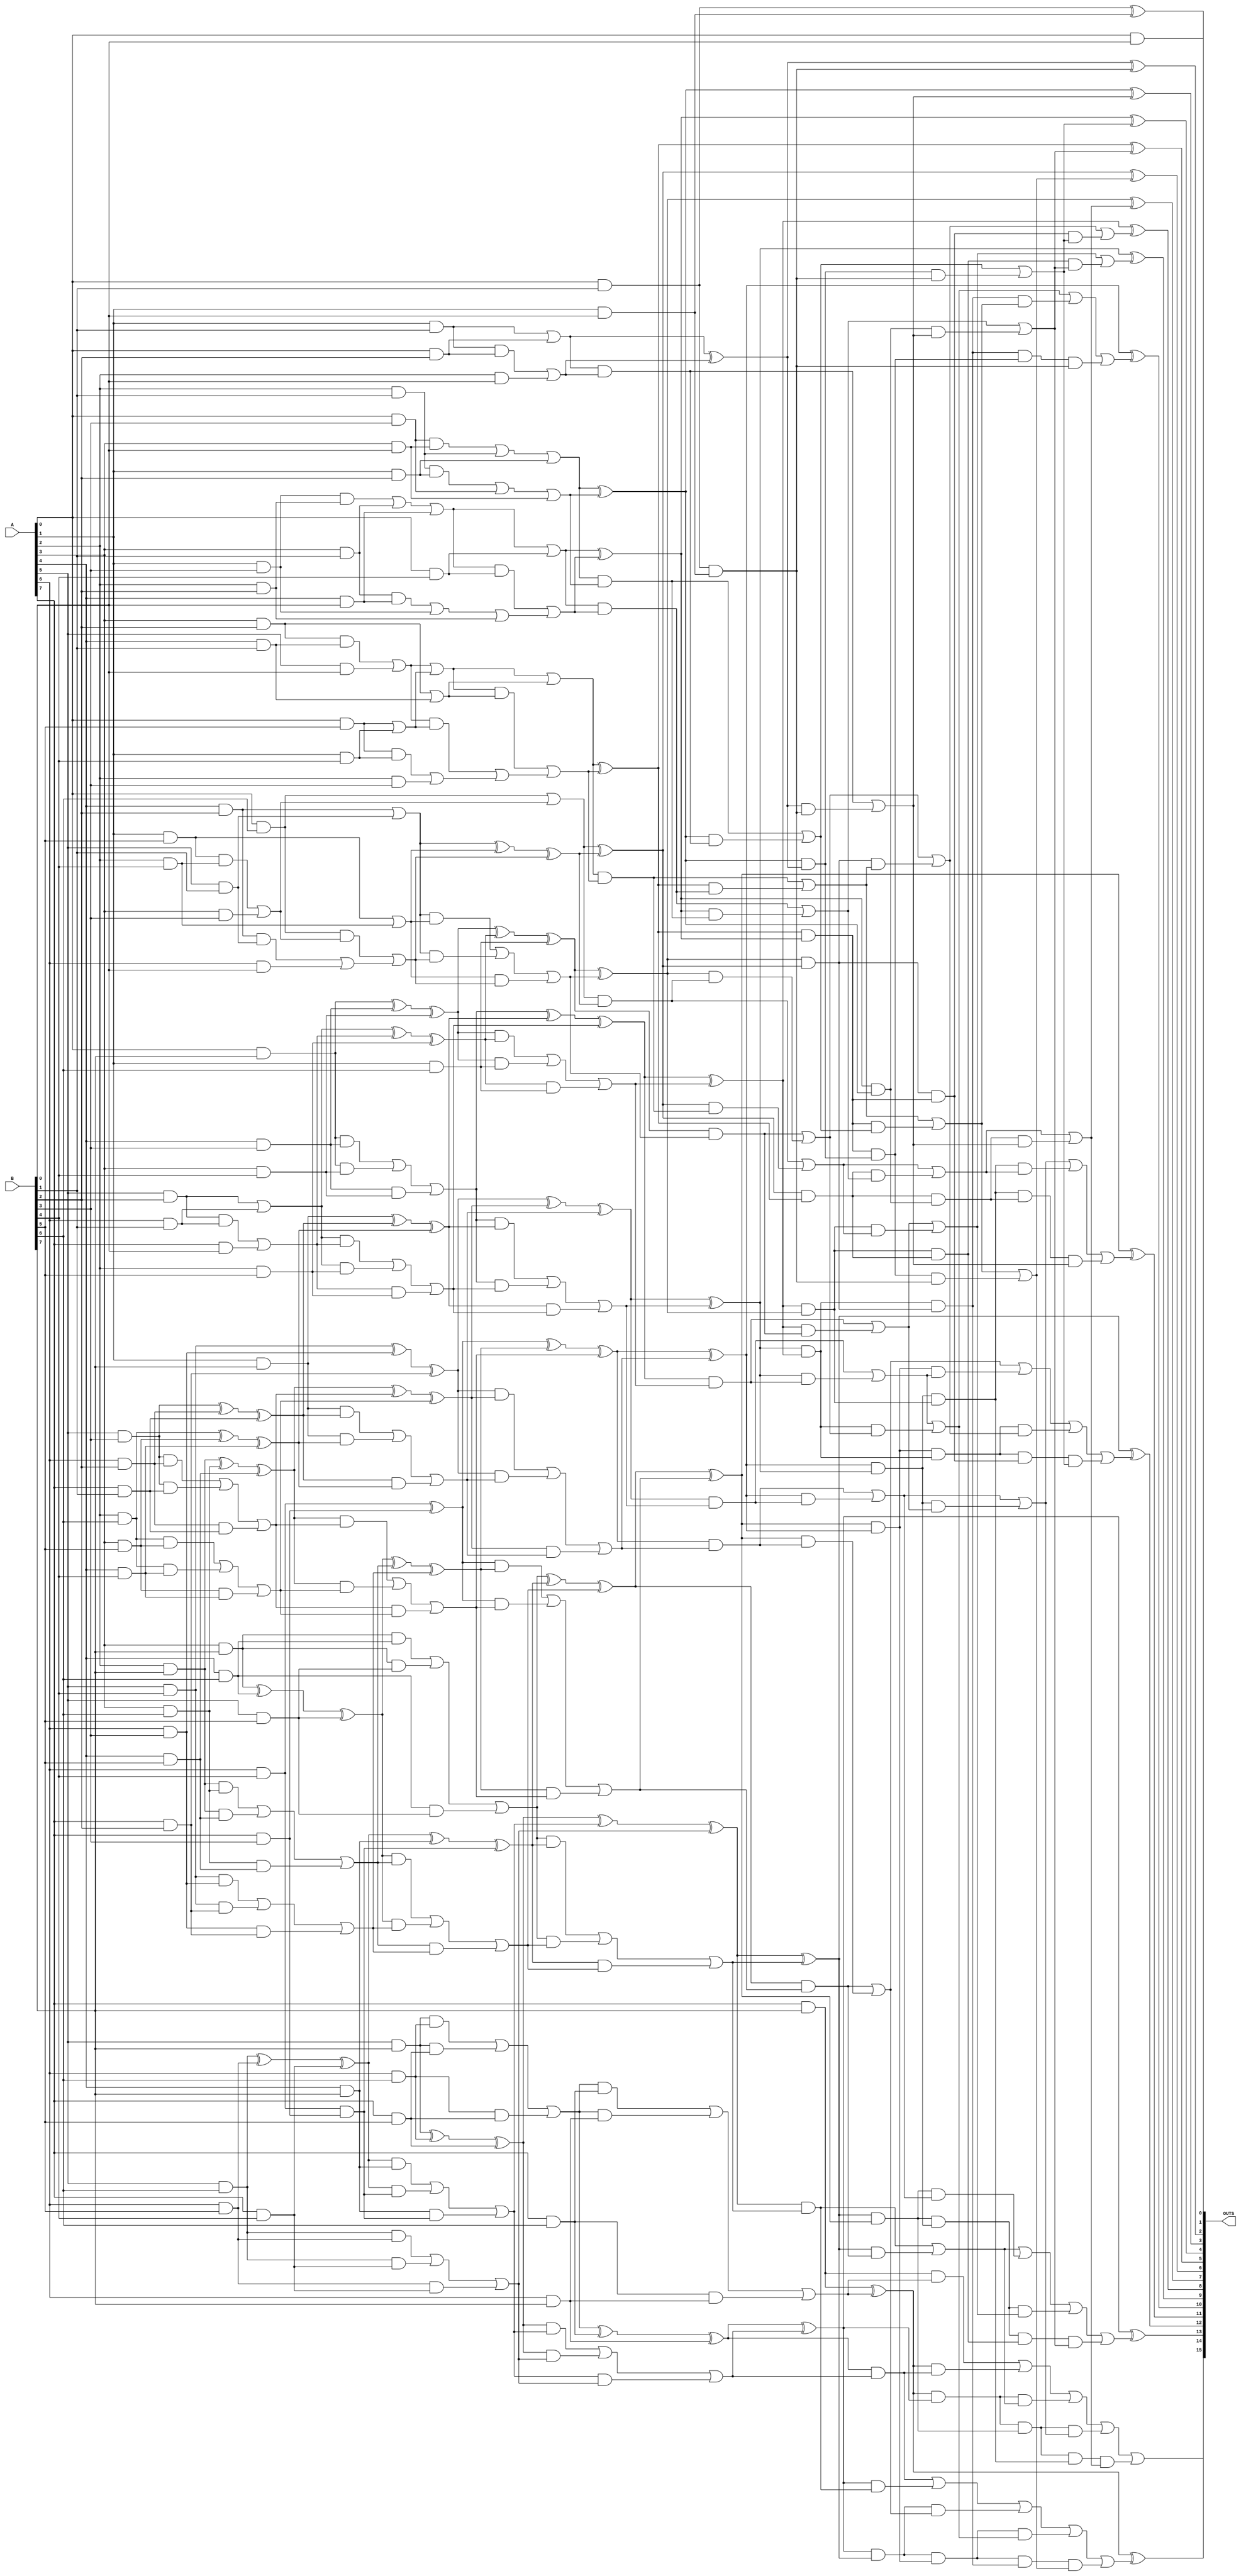
// Generated by MyHDL 0.11


`timescale 1ns/10ps

module Multiplier_KoggeStone (
    A,
    B,
    OUTS
);


input [7:0] A;
input [7:0] B;
output [15:0] OUTS;
wire [15:0] OUTS;

wire [28:0] OutBits_ct;
wire [63:0] Multiplier0_OutBits_ppg;
wire [63:0] Multiplier0_PPG0_outs_vec;
wire [0:0] Multiplier0_PPG0_AND0_out;
wire [0:0] Multiplier0_PPG0_AND1_out;
wire [0:0] Multiplier0_PPG0_AND2_out;
wire [0:0] Multiplier0_PPG0_AND3_out;
wire [0:0] Multiplier0_PPG0_AND4_out;
wire [0:0] Multiplier0_PPG0_AND5_out;
wire [0:0] Multiplier0_PPG0_AND6_out;
wire [0:0] Multiplier0_PPG0_AND7_out;
wire [0:0] Multiplier0_PPG0_AND8_out;
wire [0:0] Multiplier0_PPG0_AND9_out;
wire [0:0] Multiplier0_PPG0_AND10_out;
wire [0:0] Multiplier0_PPG0_AND11_out;
wire [0:0] Multiplier0_PPG0_AND12_out;
wire [0:0] Multiplier0_PPG0_AND13_out;
wire [0:0] Multiplier0_PPG0_AND14_out;
wire [0:0] Multiplier0_PPG0_AND15_out;
wire [0:0] Multiplier0_PPG0_AND16_out;
wire [0:0] Multiplier0_PPG0_AND17_out;
wire [0:0] Multiplier0_PPG0_AND18_out;
wire [0:0] Multiplier0_PPG0_AND19_out;
wire [0:0] Multiplier0_PPG0_AND20_out;
wire [0:0] Multiplier0_PPG0_AND21_out;
wire [0:0] Multiplier0_PPG0_AND22_out;
wire [0:0] Multiplier0_PPG0_AND23_out;
wire [0:0] Multiplier0_PPG0_AND24_out;
wire [0:0] Multiplier0_PPG0_AND25_out;
wire [0:0] Multiplier0_PPG0_AND26_out;
wire [0:0] Multiplier0_PPG0_AND27_out;
wire [0:0] Multiplier0_PPG0_AND28_out;
wire [0:0] Multiplier0_PPG0_AND29_out;
wire [0:0] Multiplier0_PPG0_AND30_out;
wire [0:0] Multiplier0_PPG0_AND31_out;
wire [0:0] Multiplier0_PPG0_AND32_out;
wire [0:0] Multiplier0_PPG0_AND33_out;
wire [0:0] Multiplier0_PPG0_AND34_out;
wire [0:0] Multiplier0_PPG0_AND35_out;
wire [0:0] Multiplier0_PPG0_AND36_out;
wire [0:0] Multiplier0_PPG0_AND37_out;
wire [0:0] Multiplier0_PPG0_AND38_out;
wire [0:0] Multiplier0_PPG0_AND39_out;
wire [0:0] Multiplier0_PPG0_AND40_out;
wire [0:0] Multiplier0_PPG0_AND41_out;
wire [0:0] Multiplier0_PPG0_AND42_out;
wire [0:0] Multiplier0_PPG0_AND43_out;
wire [0:0] Multiplier0_PPG0_AND44_out;
wire [0:0] Multiplier0_PPG0_AND45_out;
wire [0:0] Multiplier0_PPG0_AND46_out;
wire [0:0] Multiplier0_PPG0_AND47_out;
wire [0:0] Multiplier0_PPG0_AND48_out;
wire [0:0] Multiplier0_PPG0_AND49_out;
wire [0:0] Multiplier0_PPG0_AND50_out;
wire [0:0] Multiplier0_PPG0_AND51_out;
wire [0:0] Multiplier0_PPG0_AND52_out;
wire [0:0] Multiplier0_PPG0_AND53_out;
wire [0:0] Multiplier0_PPG0_AND54_out;
wire [0:0] Multiplier0_PPG0_AND55_out;
wire [0:0] Multiplier0_PPG0_AND56_out;
wire [0:0] Multiplier0_PPG0_AND57_out;
wire [0:0] Multiplier0_PPG0_AND58_out;
wire [0:0] Multiplier0_PPG0_AND59_out;
wire [0:0] Multiplier0_PPG0_AND60_out;
wire [0:0] Multiplier0_PPG0_AND61_out;
wire [0:0] Multiplier0_PPG0_AND62_out;
wire [0:0] Multiplier0_PPG0_AND63_out;
wire [28:0] Multiplier0_CompressorTree0_outs_vec;
wire [0:0] Multiplier0_CompressorTree0_AC420_out1;
wire [0:0] Multiplier0_CompressorTree0_AC420_out2;
wire [0:0] Multiplier0_CompressorTree0_AC320_out1;
wire [0:0] Multiplier0_CompressorTree0_AC320_out2;
wire [0:0] Multiplier0_CompressorTree0_AC321_out1;
wire [0:0] Multiplier0_CompressorTree0_AC321_out2;
wire [0:0] Multiplier0_CompressorTree0_AC322_out1;
wire [0:0] Multiplier0_CompressorTree0_AC322_out2;
wire [0:0] Multiplier0_CompressorTree0_AC323_out1;
wire [0:0] Multiplier0_CompressorTree0_AC323_out2;
wire [0:0] Multiplier0_CompressorTree0_AC324_out1;
wire [0:0] Multiplier0_CompressorTree0_AC324_out2;
wire [0:0] Multiplier0_CompressorTree0_FA0_cout;
wire [0:0] Multiplier0_CompressorTree0_FA0_sum;
wire [0:0] Multiplier0_CompressorTree0_FA1_cout;
wire [0:0] Multiplier0_CompressorTree0_FA1_sum;
wire [0:0] Multiplier0_CompressorTree0_FA2_cout;
wire [0:0] Multiplier0_CompressorTree0_FA2_sum;
wire [0:0] Multiplier0_CompressorTree0_FA3_cout;
wire [0:0] Multiplier0_CompressorTree0_FA3_sum;
wire [0:0] Multiplier0_CompressorTree0_FA4_cout;
wire [0:0] Multiplier0_CompressorTree0_FA4_sum;
wire [0:0] Multiplier0_CompressorTree0_HA0_cout;
wire [0:0] Multiplier0_CompressorTree0_HA0_sum;
wire [0:0] Multiplier0_CompressorTree0_FA5_cout;
wire [0:0] Multiplier0_CompressorTree0_FA5_sum;
wire [0:0] Multiplier0_CompressorTree0_FA6_cout;
wire [0:0] Multiplier0_CompressorTree0_FA6_sum;
wire [0:0] Multiplier0_CompressorTree0_AC325_out1;
wire [0:0] Multiplier0_CompressorTree0_AC325_out2;
wire [0:0] Multiplier0_CompressorTree0_AC326_out1;
wire [0:0] Multiplier0_CompressorTree0_AC326_out2;
wire [0:0] Multiplier0_CompressorTree0_AC327_out1;
wire [0:0] Multiplier0_CompressorTree0_AC327_out2;
wire [0:0] Multiplier0_CompressorTree0_FA7_cout;
wire [0:0] Multiplier0_CompressorTree0_FA7_sum;
wire [0:0] Multiplier0_CompressorTree0_FA8_cout;
wire [0:0] Multiplier0_CompressorTree0_FA8_sum;
wire [0:0] Multiplier0_CompressorTree0_FA9_cout;
wire [0:0] Multiplier0_CompressorTree0_FA9_sum;
wire [0:0] Multiplier0_CompressorTree0_FA10_cout;
wire [0:0] Multiplier0_CompressorTree0_FA10_sum;
wire [0:0] Multiplier0_CompressorTree0_FA11_cout;
wire [0:0] Multiplier0_CompressorTree0_FA11_sum;
wire [0:0] Multiplier0_CompressorTree0_FA12_cout;
wire [0:0] Multiplier0_CompressorTree0_FA12_sum;
wire [0:0] Multiplier0_CompressorTree0_AC328_out1;
wire [0:0] Multiplier0_CompressorTree0_AC328_out2;
wire [0:0] Multiplier0_CompressorTree0_AC421_out1;
wire [0:0] Multiplier0_CompressorTree0_AC421_out2;
wire [0:0] Multiplier0_CompressorTree0_AC329_out1;
wire [0:0] Multiplier0_CompressorTree0_AC329_out2;
wire [0:0] Multiplier0_CompressorTree0_FA13_cout;
wire [0:0] Multiplier0_CompressorTree0_FA13_sum;
wire [0:0] Multiplier0_CompressorTree0_FA14_cout;
wire [0:0] Multiplier0_CompressorTree0_FA14_sum;
wire [0:0] Multiplier0_CompressorTree0_FA15_cout;
wire [0:0] Multiplier0_CompressorTree0_FA15_sum;
wire [0:0] Multiplier0_CompressorTree0_FA16_cout;
wire [0:0] Multiplier0_CompressorTree0_FA16_sum;
wire [0:0] Multiplier0_CompressorTree0_FA17_cout;
wire [0:0] Multiplier0_CompressorTree0_FA17_sum;
wire [0:0] Multiplier0_CompressorTree0_FA18_cout;
wire [0:0] Multiplier0_CompressorTree0_FA18_sum;
wire [0:0] Multiplier0_CompressorTree0_FA19_cout;
wire [0:0] Multiplier0_CompressorTree0_FA19_sum;
wire [0:0] Multiplier0_CompressorTree0_FA20_cout;
wire [0:0] Multiplier0_CompressorTree0_FA20_sum;
wire [15:0] KoggeStone0_outs_vec;
wire [0:0] KoggeStone0_PG_Generator00_g;
wire [0:0] KoggeStone0_PG_Generator00_p;
wire [0:0] KoggeStone0_PG_Generator10_g;
wire [0:0] KoggeStone0_PG_Generator10_p;
wire [0:0] KoggeStone0_PG_Generator11_g;
wire [0:0] KoggeStone0_PG_Generator11_p;
wire [0:0] KoggeStone0_PG_Generator12_g;
wire [0:0] KoggeStone0_PG_Generator12_p;
wire [0:0] KoggeStone0_PG_Generator13_g;
wire [0:0] KoggeStone0_PG_Generator13_p;
wire [0:0] KoggeStone0_PG_Generator14_g;
wire [0:0] KoggeStone0_PG_Generator14_p;
wire [0:0] KoggeStone0_PG_Generator15_g;
wire [0:0] KoggeStone0_PG_Generator15_p;
wire [0:0] KoggeStone0_PG_Generator16_g;
wire [0:0] KoggeStone0_PG_Generator16_p;
wire [0:0] KoggeStone0_PG_Generator17_g;
wire [0:0] KoggeStone0_PG_Generator17_p;
wire [0:0] KoggeStone0_PG_Generator18_g;
wire [0:0] KoggeStone0_PG_Generator18_p;
wire [0:0] KoggeStone0_PG_Generator19_g;
wire [0:0] KoggeStone0_PG_Generator19_p;
wire [0:0] KoggeStone0_PG_Generator110_g;
wire [0:0] KoggeStone0_PG_Generator110_p;
wire [0:0] KoggeStone0_PG_Generator111_g;
wire [0:0] KoggeStone0_PG_Generator111_p;
wire [0:0] KoggeStone0_PG_Generator112_g;
wire [0:0] KoggeStone0_PG_Generator112_p;
wire [0:0] KoggeStone0_PG_Generator113_g;
wire [0:0] KoggeStone0_PG_Generator113_p;
wire [0:0] KoggeStone0_GrayCircle0_go;
wire [0:0] KoggeStone0_BlackCircle0_go;
wire [0:0] KoggeStone0_BlackCircle0_po;
wire [0:0] KoggeStone0_BlackCircle1_go;
wire [0:0] KoggeStone0_BlackCircle1_po;
wire [0:0] KoggeStone0_BlackCircle2_go;
wire [0:0] KoggeStone0_BlackCircle2_po;
wire [0:0] KoggeStone0_BlackCircle3_go;
wire [0:0] KoggeStone0_BlackCircle3_po;
wire [0:0] KoggeStone0_BlackCircle4_go;
wire [0:0] KoggeStone0_BlackCircle4_po;
wire [0:0] KoggeStone0_BlackCircle5_go;
wire [0:0] KoggeStone0_BlackCircle5_po;
wire [0:0] KoggeStone0_BlackCircle6_go;
wire [0:0] KoggeStone0_BlackCircle6_po;
wire [0:0] KoggeStone0_BlackCircle7_go;
wire [0:0] KoggeStone0_BlackCircle7_po;
wire [0:0] KoggeStone0_BlackCircle8_go;
wire [0:0] KoggeStone0_BlackCircle8_po;
wire [0:0] KoggeStone0_BlackCircle9_go;
wire [0:0] KoggeStone0_BlackCircle9_po;
wire [0:0] KoggeStone0_BlackCircle10_go;
wire [0:0] KoggeStone0_BlackCircle10_po;
wire [0:0] KoggeStone0_BlackCircle11_go;
wire [0:0] KoggeStone0_BlackCircle11_po;
wire [0:0] KoggeStone0_BlackCircle12_go;
wire [0:0] KoggeStone0_BlackCircle12_po;
wire [0:0] KoggeStone0_GrayCircle1_go;
wire [0:0] KoggeStone0_GrayCircle2_go;
wire [0:0] KoggeStone0_BlackCircle13_go;
wire [0:0] KoggeStone0_BlackCircle13_po;
wire [0:0] KoggeStone0_BlackCircle14_go;
wire [0:0] KoggeStone0_BlackCircle14_po;
wire [0:0] KoggeStone0_BlackCircle15_go;
wire [0:0] KoggeStone0_BlackCircle15_po;
wire [0:0] KoggeStone0_BlackCircle16_go;
wire [0:0] KoggeStone0_BlackCircle16_po;
wire [0:0] KoggeStone0_BlackCircle17_go;
wire [0:0] KoggeStone0_BlackCircle17_po;
wire [0:0] KoggeStone0_BlackCircle18_go;
wire [0:0] KoggeStone0_BlackCircle18_po;
wire [0:0] KoggeStone0_BlackCircle19_go;
wire [0:0] KoggeStone0_BlackCircle19_po;
wire [0:0] KoggeStone0_BlackCircle20_go;
wire [0:0] KoggeStone0_BlackCircle20_po;
wire [0:0] KoggeStone0_BlackCircle21_go;
wire [0:0] KoggeStone0_BlackCircle21_po;
wire [0:0] KoggeStone0_BlackCircle22_go;
wire [0:0] KoggeStone0_BlackCircle22_po;
wire [0:0] KoggeStone0_BlackCircle23_go;
wire [0:0] KoggeStone0_BlackCircle23_po;
wire [0:0] KoggeStone0_GrayCircle3_go;
wire [0:0] KoggeStone0_GrayCircle4_go;
wire [0:0] KoggeStone0_GrayCircle5_go;
wire [0:0] KoggeStone0_GrayCircle6_go;
wire [0:0] KoggeStone0_BlackCircle24_go;
wire [0:0] KoggeStone0_BlackCircle24_po;
wire [0:0] KoggeStone0_BlackCircle25_go;
wire [0:0] KoggeStone0_BlackCircle25_po;
wire [0:0] KoggeStone0_BlackCircle26_go;
wire [0:0] KoggeStone0_BlackCircle26_po;
wire [0:0] KoggeStone0_BlackCircle27_go;
wire [0:0] KoggeStone0_BlackCircle27_po;
wire [0:0] KoggeStone0_BlackCircle28_go;
wire [0:0] KoggeStone0_BlackCircle28_po;
wire [0:0] KoggeStone0_BlackCircle29_go;
wire [0:0] KoggeStone0_BlackCircle29_po;
wire [0:0] KoggeStone0_BlackCircle30_go;
wire [0:0] KoggeStone0_BlackCircle30_po;
wire [0:0] KoggeStone0_GrayCircle7_go;
wire [0:0] KoggeStone0_GrayCircle8_go;
wire [0:0] KoggeStone0_GrayCircle9_go;
wire [0:0] KoggeStone0_GrayCircle10_go;
wire [0:0] KoggeStone0_GrayCircle11_go;
wire [0:0] KoggeStone0_GrayCircle12_go;
wire [0:0] KoggeStone0_GrayCircle13_go;
wire [0:0] KoggeStone0_FinalSum0_sum;
wire [0:0] KoggeStone0_FinalSum1_sum;
wire [0:0] KoggeStone0_FinalSum2_sum;
wire [0:0] KoggeStone0_FinalSum3_sum;
wire [0:0] KoggeStone0_FinalSum4_sum;
wire [0:0] KoggeStone0_FinalSum5_sum;
wire [0:0] KoggeStone0_FinalSum6_sum;
wire [0:0] KoggeStone0_FinalSum7_sum;
wire [0:0] KoggeStone0_FinalSum8_sum;
wire [0:0] KoggeStone0_FinalSum9_sum;
wire [0:0] KoggeStone0_FinalSum10_sum;
wire [0:0] KoggeStone0_FinalSum11_sum;
wire [0:0] KoggeStone0_FinalSum12_sum;
wire [0:0] KoggeStone0_FinalSum13_sum;

assign Multiplier0_PPG0_outs_vec[63] = Multiplier0_PPG0_AND63_out[0];
assign Multiplier0_PPG0_outs_vec[62] = Multiplier0_PPG0_AND61_out[0];
assign Multiplier0_PPG0_outs_vec[61] = Multiplier0_PPG0_AND62_out[0];
assign Multiplier0_PPG0_outs_vec[60] = Multiplier0_PPG0_AND58_out[0];
assign Multiplier0_PPG0_outs_vec[59] = Multiplier0_PPG0_AND59_out[0];
assign Multiplier0_PPG0_outs_vec[58] = Multiplier0_PPG0_AND60_out[0];
assign Multiplier0_PPG0_outs_vec[57] = Multiplier0_PPG0_AND54_out[0];
assign Multiplier0_PPG0_outs_vec[56] = Multiplier0_PPG0_AND55_out[0];
assign Multiplier0_PPG0_outs_vec[55] = Multiplier0_PPG0_AND56_out[0];
assign Multiplier0_PPG0_outs_vec[54] = Multiplier0_PPG0_AND57_out[0];
assign Multiplier0_PPG0_outs_vec[53] = Multiplier0_PPG0_AND49_out[0];
assign Multiplier0_PPG0_outs_vec[52] = Multiplier0_PPG0_AND50_out[0];
assign Multiplier0_PPG0_outs_vec[51] = Multiplier0_PPG0_AND51_out[0];
assign Multiplier0_PPG0_outs_vec[50] = Multiplier0_PPG0_AND52_out[0];
assign Multiplier0_PPG0_outs_vec[49] = Multiplier0_PPG0_AND53_out[0];
assign Multiplier0_PPG0_outs_vec[48] = Multiplier0_PPG0_AND43_out[0];
assign Multiplier0_PPG0_outs_vec[47] = Multiplier0_PPG0_AND44_out[0];
assign Multiplier0_PPG0_outs_vec[46] = Multiplier0_PPG0_AND45_out[0];
assign Multiplier0_PPG0_outs_vec[45] = Multiplier0_PPG0_AND46_out[0];
assign Multiplier0_PPG0_outs_vec[44] = Multiplier0_PPG0_AND47_out[0];
assign Multiplier0_PPG0_outs_vec[43] = Multiplier0_PPG0_AND48_out[0];
assign Multiplier0_PPG0_outs_vec[42] = Multiplier0_PPG0_AND36_out[0];
assign Multiplier0_PPG0_outs_vec[41] = Multiplier0_PPG0_AND37_out[0];
assign Multiplier0_PPG0_outs_vec[40] = Multiplier0_PPG0_AND38_out[0];
assign Multiplier0_PPG0_outs_vec[39] = Multiplier0_PPG0_AND39_out[0];
assign Multiplier0_PPG0_outs_vec[38] = Multiplier0_PPG0_AND40_out[0];
assign Multiplier0_PPG0_outs_vec[37] = Multiplier0_PPG0_AND41_out[0];
assign Multiplier0_PPG0_outs_vec[36] = Multiplier0_PPG0_AND42_out[0];
assign Multiplier0_PPG0_outs_vec[35] = Multiplier0_PPG0_AND28_out[0];
assign Multiplier0_PPG0_outs_vec[34] = Multiplier0_PPG0_AND29_out[0];
assign Multiplier0_PPG0_outs_vec[33] = Multiplier0_PPG0_AND30_out[0];
assign Multiplier0_PPG0_outs_vec[32] = Multiplier0_PPG0_AND31_out[0];
assign Multiplier0_PPG0_outs_vec[31] = Multiplier0_PPG0_AND32_out[0];
assign Multiplier0_PPG0_outs_vec[30] = Multiplier0_PPG0_AND33_out[0];
assign Multiplier0_PPG0_outs_vec[29] = Multiplier0_PPG0_AND34_out[0];
assign Multiplier0_PPG0_outs_vec[28] = Multiplier0_PPG0_AND35_out[0];
assign Multiplier0_PPG0_outs_vec[27] = Multiplier0_PPG0_AND21_out[0];
assign Multiplier0_PPG0_outs_vec[26] = Multiplier0_PPG0_AND22_out[0];
assign Multiplier0_PPG0_outs_vec[25] = Multiplier0_PPG0_AND23_out[0];
assign Multiplier0_PPG0_outs_vec[24] = Multiplier0_PPG0_AND24_out[0];
assign Multiplier0_PPG0_outs_vec[23] = Multiplier0_PPG0_AND25_out[0];
assign Multiplier0_PPG0_outs_vec[22] = Multiplier0_PPG0_AND26_out[0];
assign Multiplier0_PPG0_outs_vec[21] = Multiplier0_PPG0_AND27_out[0];
assign Multiplier0_PPG0_outs_vec[20] = Multiplier0_PPG0_AND15_out[0];
assign Multiplier0_PPG0_outs_vec[19] = Multiplier0_PPG0_AND16_out[0];
assign Multiplier0_PPG0_outs_vec[18] = Multiplier0_PPG0_AND17_out[0];
assign Multiplier0_PPG0_outs_vec[17] = Multiplier0_PPG0_AND18_out[0];
assign Multiplier0_PPG0_outs_vec[16] = Multiplier0_PPG0_AND19_out[0];
assign Multiplier0_PPG0_outs_vec[15] = Multiplier0_PPG0_AND20_out[0];
assign Multiplier0_PPG0_outs_vec[14] = Multiplier0_PPG0_AND10_out[0];
assign Multiplier0_PPG0_outs_vec[13] = Multiplier0_PPG0_AND11_out[0];
assign Multiplier0_PPG0_outs_vec[12] = Multiplier0_PPG0_AND12_out[0];
assign Multiplier0_PPG0_outs_vec[11] = Multiplier0_PPG0_AND13_out[0];
assign Multiplier0_PPG0_outs_vec[10] = Multiplier0_PPG0_AND14_out[0];
assign Multiplier0_PPG0_outs_vec[9] = Multiplier0_PPG0_AND6_out[0];
assign Multiplier0_PPG0_outs_vec[8] = Multiplier0_PPG0_AND7_out[0];
assign Multiplier0_PPG0_outs_vec[7] = Multiplier0_PPG0_AND8_out[0];
assign Multiplier0_PPG0_outs_vec[6] = Multiplier0_PPG0_AND9_out[0];
assign Multiplier0_PPG0_outs_vec[5] = Multiplier0_PPG0_AND3_out[0];
assign Multiplier0_PPG0_outs_vec[4] = Multiplier0_PPG0_AND4_out[0];
assign Multiplier0_PPG0_outs_vec[3] = Multiplier0_PPG0_AND5_out[0];
assign Multiplier0_PPG0_outs_vec[2] = Multiplier0_PPG0_AND1_out[0];
assign Multiplier0_PPG0_outs_vec[1] = Multiplier0_PPG0_AND2_out[0];
assign Multiplier0_PPG0_outs_vec[0] = Multiplier0_PPG0_AND0_out[0];
assign Multiplier0_CompressorTree0_outs_vec[28] = Multiplier0_CompressorTree0_FA20_cout[0];
assign Multiplier0_CompressorTree0_outs_vec[27] = Multiplier0_OutBits_ppg[63];
assign Multiplier0_CompressorTree0_outs_vec[26] = Multiplier0_CompressorTree0_FA19_cout[0];
assign Multiplier0_CompressorTree0_outs_vec[25] = Multiplier0_CompressorTree0_FA20_sum[0];
assign Multiplier0_CompressorTree0_outs_vec[24] = Multiplier0_CompressorTree0_FA18_cout[0];
assign Multiplier0_CompressorTree0_outs_vec[23] = Multiplier0_CompressorTree0_FA19_sum[0];
assign Multiplier0_CompressorTree0_outs_vec[22] = Multiplier0_CompressorTree0_FA17_cout[0];
assign Multiplier0_CompressorTree0_outs_vec[21] = Multiplier0_CompressorTree0_FA18_sum[0];
assign Multiplier0_CompressorTree0_outs_vec[20] = Multiplier0_CompressorTree0_FA16_cout[0];
assign Multiplier0_CompressorTree0_outs_vec[19] = Multiplier0_CompressorTree0_FA17_sum[0];
assign Multiplier0_CompressorTree0_outs_vec[18] = Multiplier0_CompressorTree0_FA15_cout[0];
assign Multiplier0_CompressorTree0_outs_vec[17] = Multiplier0_CompressorTree0_FA16_sum[0];
assign Multiplier0_CompressorTree0_outs_vec[16] = Multiplier0_CompressorTree0_FA14_cout[0];
assign Multiplier0_CompressorTree0_outs_vec[15] = Multiplier0_CompressorTree0_FA15_sum[0];
assign Multiplier0_CompressorTree0_outs_vec[14] = Multiplier0_CompressorTree0_FA13_cout[0];
assign Multiplier0_CompressorTree0_outs_vec[13] = Multiplier0_CompressorTree0_FA14_sum[0];
assign Multiplier0_CompressorTree0_outs_vec[12] = Multiplier0_CompressorTree0_FA13_sum[0];
assign Multiplier0_CompressorTree0_outs_vec[11] = Multiplier0_CompressorTree0_AC327_out1[0];
assign Multiplier0_CompressorTree0_outs_vec[10] = Multiplier0_CompressorTree0_AC329_out2[0];
assign Multiplier0_CompressorTree0_outs_vec[9] = Multiplier0_CompressorTree0_AC329_out1[0];
assign Multiplier0_CompressorTree0_outs_vec[8] = Multiplier0_CompressorTree0_AC325_out2[0];
assign Multiplier0_CompressorTree0_outs_vec[7] = Multiplier0_CompressorTree0_AC325_out1[0];
assign Multiplier0_CompressorTree0_outs_vec[6] = Multiplier0_CompressorTree0_AC421_out2[0];
assign Multiplier0_CompressorTree0_outs_vec[5] = Multiplier0_CompressorTree0_AC421_out1[0];
assign Multiplier0_CompressorTree0_outs_vec[4] = Multiplier0_CompressorTree0_AC328_out2[0];
assign Multiplier0_CompressorTree0_outs_vec[3] = Multiplier0_CompressorTree0_AC328_out1[0];
assign Multiplier0_CompressorTree0_outs_vec[2] = Multiplier0_OutBits_ppg[2];
assign Multiplier0_CompressorTree0_outs_vec[1] = Multiplier0_OutBits_ppg[1];
assign Multiplier0_CompressorTree0_outs_vec[0] = Multiplier0_OutBits_ppg[0];
assign KoggeStone0_outs_vec[15] = KoggeStone0_GrayCircle13_go[0];
assign KoggeStone0_outs_vec[14] = KoggeStone0_FinalSum13_sum[0];
assign KoggeStone0_outs_vec[13] = KoggeStone0_FinalSum12_sum[0];
assign KoggeStone0_outs_vec[12] = KoggeStone0_FinalSum11_sum[0];
assign KoggeStone0_outs_vec[11] = KoggeStone0_FinalSum10_sum[0];
assign KoggeStone0_outs_vec[10] = KoggeStone0_FinalSum9_sum[0];
assign KoggeStone0_outs_vec[9] = KoggeStone0_FinalSum8_sum[0];
assign KoggeStone0_outs_vec[8] = KoggeStone0_FinalSum7_sum[0];
assign KoggeStone0_outs_vec[7] = KoggeStone0_FinalSum6_sum[0];
assign KoggeStone0_outs_vec[6] = KoggeStone0_FinalSum5_sum[0];
assign KoggeStone0_outs_vec[5] = KoggeStone0_FinalSum4_sum[0];
assign KoggeStone0_outs_vec[4] = KoggeStone0_FinalSum3_sum[0];
assign KoggeStone0_outs_vec[3] = KoggeStone0_FinalSum2_sum[0];
assign KoggeStone0_outs_vec[2] = KoggeStone0_FinalSum1_sum[0];
assign KoggeStone0_outs_vec[1] = KoggeStone0_FinalSum0_sum[0];
assign KoggeStone0_outs_vec[0] = KoggeStone0_PG_Generator00_p[0];



assign Multiplier0_PPG0_AND0_out = (A[0] & B[0]);



assign Multiplier0_PPG0_AND1_out = (A[1] & B[0]);



assign Multiplier0_PPG0_AND2_out = (A[0] & B[1]);



assign Multiplier0_PPG0_AND3_out = (A[2] & B[0]);



assign Multiplier0_PPG0_AND4_out = (A[1] & B[1]);



assign Multiplier0_PPG0_AND5_out = (A[0] & B[2]);



assign Multiplier0_PPG0_AND6_out = (A[3] & B[0]);



assign Multiplier0_PPG0_AND7_out = (A[2] & B[1]);



assign Multiplier0_PPG0_AND8_out = (A[1] & B[2]);



assign Multiplier0_PPG0_AND9_out = (A[0] & B[3]);



assign Multiplier0_PPG0_AND10_out = (A[4] & B[0]);



assign Multiplier0_PPG0_AND11_out = (A[3] & B[1]);



assign Multiplier0_PPG0_AND12_out = (A[2] & B[2]);



assign Multiplier0_PPG0_AND13_out = (A[1] & B[3]);



assign Multiplier0_PPG0_AND14_out = (A[0] & B[4]);



assign Multiplier0_PPG0_AND15_out = (A[5] & B[0]);



assign Multiplier0_PPG0_AND16_out = (A[4] & B[1]);



assign Multiplier0_PPG0_AND17_out = (A[3] & B[2]);



assign Multiplier0_PPG0_AND18_out = (A[2] & B[3]);



assign Multiplier0_PPG0_AND19_out = (A[1] & B[4]);



assign Multiplier0_PPG0_AND20_out = (A[0] & B[5]);



assign Multiplier0_PPG0_AND21_out = (A[6] & B[0]);



assign Multiplier0_PPG0_AND22_out = (A[5] & B[1]);



assign Multiplier0_PPG0_AND23_out = (A[4] & B[2]);



assign Multiplier0_PPG0_AND24_out = (A[3] & B[3]);



assign Multiplier0_PPG0_AND25_out = (A[2] & B[4]);



assign Multiplier0_PPG0_AND26_out = (A[1] & B[5]);



assign Multiplier0_PPG0_AND27_out = (A[0] & B[6]);



assign Multiplier0_PPG0_AND28_out = (A[7] & B[0]);



assign Multiplier0_PPG0_AND29_out = (A[6] & B[1]);



assign Multiplier0_PPG0_AND30_out = (A[5] & B[2]);



assign Multiplier0_PPG0_AND31_out = (A[4] & B[3]);



assign Multiplier0_PPG0_AND32_out = (A[3] & B[4]);



assign Multiplier0_PPG0_AND33_out = (A[2] & B[5]);



assign Multiplier0_PPG0_AND34_out = (A[1] & B[6]);



assign Multiplier0_PPG0_AND35_out = (A[0] & B[7]);



assign Multiplier0_PPG0_AND36_out = (A[7] & B[1]);



assign Multiplier0_PPG0_AND37_out = (A[6] & B[2]);



assign Multiplier0_PPG0_AND38_out = (A[5] & B[3]);



assign Multiplier0_PPG0_AND39_out = (A[4] & B[4]);



assign Multiplier0_PPG0_AND40_out = (A[3] & B[5]);



assign Multiplier0_PPG0_AND41_out = (A[2] & B[6]);



assign Multiplier0_PPG0_AND42_out = (A[1] & B[7]);



assign Multiplier0_PPG0_AND43_out = (A[7] & B[2]);



assign Multiplier0_PPG0_AND44_out = (A[6] & B[3]);



assign Multiplier0_PPG0_AND45_out = (A[5] & B[4]);



assign Multiplier0_PPG0_AND46_out = (A[4] & B[5]);



assign Multiplier0_PPG0_AND47_out = (A[3] & B[6]);



assign Multiplier0_PPG0_AND48_out = (A[2] & B[7]);



assign Multiplier0_PPG0_AND49_out = (A[7] & B[3]);



assign Multiplier0_PPG0_AND50_out = (A[6] & B[4]);



assign Multiplier0_PPG0_AND51_out = (A[5] & B[5]);



assign Multiplier0_PPG0_AND52_out = (A[4] & B[6]);



assign Multiplier0_PPG0_AND53_out = (A[3] & B[7]);



assign Multiplier0_PPG0_AND54_out = (A[7] & B[4]);



assign Multiplier0_PPG0_AND55_out = (A[6] & B[5]);



assign Multiplier0_PPG0_AND56_out = (A[5] & B[6]);



assign Multiplier0_PPG0_AND57_out = (A[4] & B[7]);



assign Multiplier0_PPG0_AND58_out = (A[7] & B[5]);



assign Multiplier0_PPG0_AND59_out = (A[6] & B[6]);



assign Multiplier0_PPG0_AND60_out = (A[5] & B[7]);



assign Multiplier0_PPG0_AND61_out = (A[7] & B[6]);



assign Multiplier0_PPG0_AND62_out = (A[6] & B[7]);



assign Multiplier0_PPG0_AND63_out = (A[7] & B[7]);



assign Multiplier0_OutBits_ppg = Multiplier0_PPG0_outs_vec;



assign Multiplier0_CompressorTree0_AC420_out2 = (((Multiplier0_OutBits_ppg[11] & Multiplier0_OutBits_ppg[12]) | Multiplier0_OutBits_ppg[13]) | Multiplier0_OutBits_ppg[14]);
assign Multiplier0_CompressorTree0_AC420_out1 = (((Multiplier0_OutBits_ppg[13] & Multiplier0_OutBits_ppg[14]) | Multiplier0_OutBits_ppg[11]) | Multiplier0_OutBits_ppg[12]);



assign Multiplier0_CompressorTree0_AC320_out2 = ((Multiplier0_OutBits_ppg[15] & Multiplier0_OutBits_ppg[16]) | Multiplier0_OutBits_ppg[17]);
assign Multiplier0_CompressorTree0_AC320_out1 = (Multiplier0_OutBits_ppg[15] | Multiplier0_OutBits_ppg[16]);



assign Multiplier0_CompressorTree0_AC321_out2 = ((Multiplier0_OutBits_ppg[18] & Multiplier0_OutBits_ppg[19]) | Multiplier0_OutBits_ppg[20]);
assign Multiplier0_CompressorTree0_AC321_out1 = (Multiplier0_OutBits_ppg[18] | Multiplier0_OutBits_ppg[19]);



assign Multiplier0_CompressorTree0_AC322_out2 = ((Multiplier0_OutBits_ppg[22] & Multiplier0_OutBits_ppg[23]) | Multiplier0_OutBits_ppg[24]);
assign Multiplier0_CompressorTree0_AC322_out1 = (Multiplier0_OutBits_ppg[22] | Multiplier0_OutBits_ppg[23]);



assign Multiplier0_CompressorTree0_AC323_out2 = ((Multiplier0_OutBits_ppg[25] & Multiplier0_OutBits_ppg[26]) | Multiplier0_OutBits_ppg[27]);
assign Multiplier0_CompressorTree0_AC323_out1 = (Multiplier0_OutBits_ppg[25] | Multiplier0_OutBits_ppg[26]);



assign Multiplier0_CompressorTree0_AC324_out2 = ((Multiplier0_OutBits_ppg[33] & Multiplier0_OutBits_ppg[34]) | Multiplier0_OutBits_ppg[35]);
assign Multiplier0_CompressorTree0_AC324_out1 = (Multiplier0_OutBits_ppg[33] | Multiplier0_OutBits_ppg[34]);



assign Multiplier0_CompressorTree0_FA0_sum = ((Multiplier0_OutBits_ppg[37] ^ Multiplier0_OutBits_ppg[38]) ^ Multiplier0_OutBits_ppg[39]);
assign Multiplier0_CompressorTree0_FA0_cout = (((Multiplier0_OutBits_ppg[37] & Multiplier0_OutBits_ppg[38]) | (Multiplier0_OutBits_ppg[37] & Multiplier0_OutBits_ppg[39])) | (Multiplier0_OutBits_ppg[38] & Multiplier0_OutBits_ppg[39]));



assign Multiplier0_CompressorTree0_FA1_sum = ((Multiplier0_OutBits_ppg[40] ^ Multiplier0_OutBits_ppg[41]) ^ Multiplier0_OutBits_ppg[42]);
assign Multiplier0_CompressorTree0_FA1_cout = (((Multiplier0_OutBits_ppg[40] & Multiplier0_OutBits_ppg[41]) | (Multiplier0_OutBits_ppg[40] & Multiplier0_OutBits_ppg[42])) | (Multiplier0_OutBits_ppg[41] & Multiplier0_OutBits_ppg[42]));



assign Multiplier0_CompressorTree0_FA2_sum = ((Multiplier0_OutBits_ppg[43] ^ Multiplier0_OutBits_ppg[44]) ^ Multiplier0_OutBits_ppg[45]);
assign Multiplier0_CompressorTree0_FA2_cout = (((Multiplier0_OutBits_ppg[43] & Multiplier0_OutBits_ppg[44]) | (Multiplier0_OutBits_ppg[43] & Multiplier0_OutBits_ppg[45])) | (Multiplier0_OutBits_ppg[44] & Multiplier0_OutBits_ppg[45]));



assign Multiplier0_CompressorTree0_FA3_sum = ((Multiplier0_OutBits_ppg[46] ^ Multiplier0_OutBits_ppg[47]) ^ Multiplier0_OutBits_ppg[48]);
assign Multiplier0_CompressorTree0_FA3_cout = (((Multiplier0_OutBits_ppg[46] & Multiplier0_OutBits_ppg[47]) | (Multiplier0_OutBits_ppg[46] & Multiplier0_OutBits_ppg[48])) | (Multiplier0_OutBits_ppg[47] & Multiplier0_OutBits_ppg[48]));



assign Multiplier0_CompressorTree0_FA4_sum = ((Multiplier0_OutBits_ppg[49] ^ Multiplier0_OutBits_ppg[50]) ^ Multiplier0_OutBits_ppg[51]);
assign Multiplier0_CompressorTree0_FA4_cout = (((Multiplier0_OutBits_ppg[49] & Multiplier0_OutBits_ppg[50]) | (Multiplier0_OutBits_ppg[49] & Multiplier0_OutBits_ppg[51])) | (Multiplier0_OutBits_ppg[50] & Multiplier0_OutBits_ppg[51]));



assign Multiplier0_CompressorTree0_HA0_sum = (Multiplier0_OutBits_ppg[52] ^ Multiplier0_OutBits_ppg[53]);
assign Multiplier0_CompressorTree0_HA0_cout = (Multiplier0_OutBits_ppg[52] & Multiplier0_OutBits_ppg[53]);



assign Multiplier0_CompressorTree0_FA5_sum = ((Multiplier0_OutBits_ppg[55] ^ Multiplier0_OutBits_ppg[56]) ^ Multiplier0_OutBits_ppg[57]);
assign Multiplier0_CompressorTree0_FA5_cout = (((Multiplier0_OutBits_ppg[55] & Multiplier0_OutBits_ppg[56]) | (Multiplier0_OutBits_ppg[55] & Multiplier0_OutBits_ppg[57])) | (Multiplier0_OutBits_ppg[56] & Multiplier0_OutBits_ppg[57]));



assign Multiplier0_CompressorTree0_FA6_sum = ((Multiplier0_OutBits_ppg[58] ^ Multiplier0_OutBits_ppg[59]) ^ Multiplier0_OutBits_ppg[60]);
assign Multiplier0_CompressorTree0_FA6_cout = (((Multiplier0_OutBits_ppg[58] & Multiplier0_OutBits_ppg[59]) | (Multiplier0_OutBits_ppg[58] & Multiplier0_OutBits_ppg[60])) | (Multiplier0_OutBits_ppg[59] & Multiplier0_OutBits_ppg[60]));



assign Multiplier0_CompressorTree0_AC325_out2 = ((Multiplier0_CompressorTree0_AC420_out2 & Multiplier0_OutBits_ppg[10]) | Multiplier0_CompressorTree0_AC420_out1);
assign Multiplier0_CompressorTree0_AC325_out1 = (Multiplier0_CompressorTree0_AC420_out2 | Multiplier0_OutBits_ppg[10]);



assign Multiplier0_CompressorTree0_AC326_out2 = ((Multiplier0_CompressorTree0_AC321_out2 & Multiplier0_CompressorTree0_AC320_out1) | Multiplier0_CompressorTree0_AC320_out2);
assign Multiplier0_CompressorTree0_AC326_out1 = (Multiplier0_CompressorTree0_AC321_out2 | Multiplier0_CompressorTree0_AC320_out1);



assign Multiplier0_CompressorTree0_AC327_out2 = ((Multiplier0_OutBits_ppg[21] & Multiplier0_CompressorTree0_AC322_out2) | Multiplier0_CompressorTree0_AC323_out2);
assign Multiplier0_CompressorTree0_AC327_out1 = (Multiplier0_OutBits_ppg[21] | Multiplier0_CompressorTree0_AC322_out2);



assign Multiplier0_CompressorTree0_FA7_sum = ((Multiplier0_OutBits_ppg[28] ^ Multiplier0_OutBits_ppg[32]) ^ Multiplier0_OutBits_ppg[31]);
assign Multiplier0_CompressorTree0_FA7_cout = (((Multiplier0_OutBits_ppg[28] & Multiplier0_OutBits_ppg[32]) | (Multiplier0_OutBits_ppg[28] & Multiplier0_OutBits_ppg[31])) | (Multiplier0_OutBits_ppg[32] & Multiplier0_OutBits_ppg[31]));



assign Multiplier0_CompressorTree0_FA8_sum = ((Multiplier0_CompressorTree0_AC324_out1 ^ Multiplier0_CompressorTree0_AC324_out2) ^ Multiplier0_OutBits_ppg[30]);
assign Multiplier0_CompressorTree0_FA8_cout = (((Multiplier0_CompressorTree0_AC324_out1 & Multiplier0_CompressorTree0_AC324_out2) | (Multiplier0_CompressorTree0_AC324_out1 & Multiplier0_OutBits_ppg[30])) | (Multiplier0_CompressorTree0_AC324_out2 & Multiplier0_OutBits_ppg[30]));



assign Multiplier0_CompressorTree0_FA9_sum = ((Multiplier0_OutBits_ppg[36] ^ Multiplier0_CompressorTree0_FA1_sum) ^ Multiplier0_CompressorTree0_FA0_sum);
assign Multiplier0_CompressorTree0_FA9_cout = (((Multiplier0_OutBits_ppg[36] & Multiplier0_CompressorTree0_FA1_sum) | (Multiplier0_OutBits_ppg[36] & Multiplier0_CompressorTree0_FA0_sum)) | (Multiplier0_CompressorTree0_FA1_sum & Multiplier0_CompressorTree0_FA0_sum));



assign Multiplier0_CompressorTree0_FA10_sum = ((Multiplier0_CompressorTree0_FA2_sum ^ Multiplier0_CompressorTree0_FA1_cout) ^ Multiplier0_CompressorTree0_FA0_cout);
assign Multiplier0_CompressorTree0_FA10_cout = (((Multiplier0_CompressorTree0_FA2_sum & Multiplier0_CompressorTree0_FA1_cout) | (Multiplier0_CompressorTree0_FA2_sum & Multiplier0_CompressorTree0_FA0_cout)) | (Multiplier0_CompressorTree0_FA1_cout & Multiplier0_CompressorTree0_FA0_cout));



assign Multiplier0_CompressorTree0_FA11_sum = ((Multiplier0_CompressorTree0_FA4_sum ^ Multiplier0_CompressorTree0_FA2_cout) ^ Multiplier0_CompressorTree0_FA3_cout);
assign Multiplier0_CompressorTree0_FA11_cout = (((Multiplier0_CompressorTree0_FA4_sum & Multiplier0_CompressorTree0_FA2_cout) | (Multiplier0_CompressorTree0_FA4_sum & Multiplier0_CompressorTree0_FA3_cout)) | (Multiplier0_CompressorTree0_FA2_cout & Multiplier0_CompressorTree0_FA3_cout));



assign Multiplier0_CompressorTree0_FA12_sum = ((Multiplier0_CompressorTree0_FA5_sum ^ Multiplier0_OutBits_ppg[54]) ^ Multiplier0_CompressorTree0_HA0_cout);
assign Multiplier0_CompressorTree0_FA12_cout = (((Multiplier0_CompressorTree0_FA5_sum & Multiplier0_OutBits_ppg[54]) | (Multiplier0_CompressorTree0_FA5_sum & Multiplier0_CompressorTree0_HA0_cout)) | (Multiplier0_OutBits_ppg[54] & Multiplier0_CompressorTree0_HA0_cout));



assign Multiplier0_CompressorTree0_AC328_out2 = ((Multiplier0_OutBits_ppg[4] & Multiplier0_OutBits_ppg[3]) | Multiplier0_OutBits_ppg[5]);
assign Multiplier0_CompressorTree0_AC328_out1 = (Multiplier0_OutBits_ppg[4] | Multiplier0_OutBits_ppg[3]);



assign Multiplier0_CompressorTree0_AC421_out2 = (((Multiplier0_OutBits_ppg[8] & Multiplier0_OutBits_ppg[7]) | Multiplier0_OutBits_ppg[6]) | Multiplier0_OutBits_ppg[9]);
assign Multiplier0_CompressorTree0_AC421_out1 = (((Multiplier0_OutBits_ppg[6] & Multiplier0_OutBits_ppg[9]) | Multiplier0_OutBits_ppg[8]) | Multiplier0_OutBits_ppg[7]);



assign Multiplier0_CompressorTree0_AC329_out2 = ((Multiplier0_CompressorTree0_AC326_out1 & Multiplier0_CompressorTree0_AC321_out1) | Multiplier0_CompressorTree0_AC326_out2);
assign Multiplier0_CompressorTree0_AC329_out1 = (Multiplier0_CompressorTree0_AC326_out1 | Multiplier0_CompressorTree0_AC321_out1);



assign Multiplier0_CompressorTree0_FA13_sum = ((Multiplier0_CompressorTree0_AC323_out1 ^ Multiplier0_CompressorTree0_AC322_out1) ^ Multiplier0_CompressorTree0_AC327_out2);
assign Multiplier0_CompressorTree0_FA13_cout = (((Multiplier0_CompressorTree0_AC323_out1 & Multiplier0_CompressorTree0_AC322_out1) | (Multiplier0_CompressorTree0_AC323_out1 & Multiplier0_CompressorTree0_AC327_out2)) | (Multiplier0_CompressorTree0_AC322_out1 & Multiplier0_CompressorTree0_AC327_out2));



assign Multiplier0_CompressorTree0_FA14_sum = ((Multiplier0_CompressorTree0_FA7_sum ^ Multiplier0_CompressorTree0_FA8_sum) ^ Multiplier0_OutBits_ppg[29]);
assign Multiplier0_CompressorTree0_FA14_cout = (((Multiplier0_CompressorTree0_FA7_sum & Multiplier0_CompressorTree0_FA8_sum) | (Multiplier0_CompressorTree0_FA7_sum & Multiplier0_OutBits_ppg[29])) | (Multiplier0_CompressorTree0_FA8_sum & Multiplier0_OutBits_ppg[29]));



assign Multiplier0_CompressorTree0_FA15_sum = ((Multiplier0_CompressorTree0_FA7_cout ^ Multiplier0_CompressorTree0_FA9_sum) ^ Multiplier0_CompressorTree0_FA8_cout);
assign Multiplier0_CompressorTree0_FA15_cout = (((Multiplier0_CompressorTree0_FA7_cout & Multiplier0_CompressorTree0_FA9_sum) | (Multiplier0_CompressorTree0_FA7_cout & Multiplier0_CompressorTree0_FA8_cout)) | (Multiplier0_CompressorTree0_FA9_sum & Multiplier0_CompressorTree0_FA8_cout));



assign Multiplier0_CompressorTree0_FA16_sum = ((Multiplier0_CompressorTree0_FA3_sum ^ Multiplier0_CompressorTree0_FA10_sum) ^ Multiplier0_CompressorTree0_FA9_cout);
assign Multiplier0_CompressorTree0_FA16_cout = (((Multiplier0_CompressorTree0_FA3_sum & Multiplier0_CompressorTree0_FA10_sum) | (Multiplier0_CompressorTree0_FA3_sum & Multiplier0_CompressorTree0_FA9_cout)) | (Multiplier0_CompressorTree0_FA10_sum & Multiplier0_CompressorTree0_FA9_cout));



assign Multiplier0_CompressorTree0_FA17_sum = ((Multiplier0_CompressorTree0_HA0_sum ^ Multiplier0_CompressorTree0_FA11_sum) ^ Multiplier0_CompressorTree0_FA10_cout);
assign Multiplier0_CompressorTree0_FA17_cout = (((Multiplier0_CompressorTree0_HA0_sum & Multiplier0_CompressorTree0_FA11_sum) | (Multiplier0_CompressorTree0_HA0_sum & Multiplier0_CompressorTree0_FA10_cout)) | (Multiplier0_CompressorTree0_FA11_sum & Multiplier0_CompressorTree0_FA10_cout));



assign Multiplier0_CompressorTree0_FA18_sum = ((Multiplier0_CompressorTree0_FA4_cout ^ Multiplier0_CompressorTree0_FA12_sum) ^ Multiplier0_CompressorTree0_FA11_cout);
assign Multiplier0_CompressorTree0_FA18_cout = (((Multiplier0_CompressorTree0_FA4_cout & Multiplier0_CompressorTree0_FA12_sum) | (Multiplier0_CompressorTree0_FA4_cout & Multiplier0_CompressorTree0_FA11_cout)) | (Multiplier0_CompressorTree0_FA12_sum & Multiplier0_CompressorTree0_FA11_cout));



assign Multiplier0_CompressorTree0_FA19_sum = ((Multiplier0_CompressorTree0_FA6_sum ^ Multiplier0_CompressorTree0_FA12_cout) ^ Multiplier0_CompressorTree0_FA5_cout);
assign Multiplier0_CompressorTree0_FA19_cout = (((Multiplier0_CompressorTree0_FA6_sum & Multiplier0_CompressorTree0_FA12_cout) | (Multiplier0_CompressorTree0_FA6_sum & Multiplier0_CompressorTree0_FA5_cout)) | (Multiplier0_CompressorTree0_FA12_cout & Multiplier0_CompressorTree0_FA5_cout));



assign Multiplier0_CompressorTree0_FA20_sum = ((Multiplier0_CompressorTree0_FA6_cout ^ Multiplier0_OutBits_ppg[62]) ^ Multiplier0_OutBits_ppg[61]);
assign Multiplier0_CompressorTree0_FA20_cout = (((Multiplier0_CompressorTree0_FA6_cout & Multiplier0_OutBits_ppg[62]) | (Multiplier0_CompressorTree0_FA6_cout & Multiplier0_OutBits_ppg[61])) | (Multiplier0_OutBits_ppg[62] & Multiplier0_OutBits_ppg[61]));



assign OutBits_ct = Multiplier0_CompressorTree0_outs_vec;



assign KoggeStone0_PG_Generator00_p = OutBits_ct[0];
assign KoggeStone0_PG_Generator00_g = 1'h0;



assign KoggeStone0_PG_Generator10_p = (OutBits_ct[1] ^ OutBits_ct[2]);
assign KoggeStone0_PG_Generator10_g = (OutBits_ct[1] & OutBits_ct[2]);



assign KoggeStone0_PG_Generator11_p = (OutBits_ct[3] ^ OutBits_ct[4]);
assign KoggeStone0_PG_Generator11_g = (OutBits_ct[3] & OutBits_ct[4]);



assign KoggeStone0_PG_Generator12_p = (OutBits_ct[5] ^ OutBits_ct[6]);
assign KoggeStone0_PG_Generator12_g = (OutBits_ct[5] & OutBits_ct[6]);



assign KoggeStone0_PG_Generator13_p = (OutBits_ct[7] ^ OutBits_ct[8]);
assign KoggeStone0_PG_Generator13_g = (OutBits_ct[7] & OutBits_ct[8]);



assign KoggeStone0_PG_Generator14_p = (OutBits_ct[9] ^ OutBits_ct[10]);
assign KoggeStone0_PG_Generator14_g = (OutBits_ct[9] & OutBits_ct[10]);



assign KoggeStone0_PG_Generator15_p = (OutBits_ct[11] ^ OutBits_ct[12]);
assign KoggeStone0_PG_Generator15_g = (OutBits_ct[11] & OutBits_ct[12]);



assign KoggeStone0_PG_Generator16_p = (OutBits_ct[13] ^ OutBits_ct[14]);
assign KoggeStone0_PG_Generator16_g = (OutBits_ct[13] & OutBits_ct[14]);



assign KoggeStone0_PG_Generator17_p = (OutBits_ct[15] ^ OutBits_ct[16]);
assign KoggeStone0_PG_Generator17_g = (OutBits_ct[15] & OutBits_ct[16]);



assign KoggeStone0_PG_Generator18_p = (OutBits_ct[17] ^ OutBits_ct[18]);
assign KoggeStone0_PG_Generator18_g = (OutBits_ct[17] & OutBits_ct[18]);



assign KoggeStone0_PG_Generator19_p = (OutBits_ct[19] ^ OutBits_ct[20]);
assign KoggeStone0_PG_Generator19_g = (OutBits_ct[19] & OutBits_ct[20]);



assign KoggeStone0_PG_Generator110_p = (OutBits_ct[21] ^ OutBits_ct[22]);
assign KoggeStone0_PG_Generator110_g = (OutBits_ct[21] & OutBits_ct[22]);



assign KoggeStone0_PG_Generator111_p = (OutBits_ct[23] ^ OutBits_ct[24]);
assign KoggeStone0_PG_Generator111_g = (OutBits_ct[23] & OutBits_ct[24]);



assign KoggeStone0_PG_Generator112_p = (OutBits_ct[25] ^ OutBits_ct[26]);
assign KoggeStone0_PG_Generator112_g = (OutBits_ct[25] & OutBits_ct[26]);



assign KoggeStone0_PG_Generator113_p = (OutBits_ct[27] ^ OutBits_ct[28]);
assign KoggeStone0_PG_Generator113_g = (OutBits_ct[27] & OutBits_ct[28]);



assign KoggeStone0_GrayCircle0_go = (KoggeStone0_PG_Generator10_g | (KoggeStone0_PG_Generator10_p & KoggeStone0_PG_Generator00_g));



assign KoggeStone0_BlackCircle0_po = (KoggeStone0_PG_Generator11_p & KoggeStone0_PG_Generator10_p);
assign KoggeStone0_BlackCircle0_go = (KoggeStone0_PG_Generator11_g | (KoggeStone0_PG_Generator11_p & KoggeStone0_PG_Generator10_g));



assign KoggeStone0_BlackCircle1_po = (KoggeStone0_PG_Generator12_p & KoggeStone0_PG_Generator11_p);
assign KoggeStone0_BlackCircle1_go = (KoggeStone0_PG_Generator12_g | (KoggeStone0_PG_Generator12_p & KoggeStone0_PG_Generator11_g));



assign KoggeStone0_BlackCircle2_po = (KoggeStone0_PG_Generator13_p & KoggeStone0_PG_Generator12_p);
assign KoggeStone0_BlackCircle2_go = (KoggeStone0_PG_Generator13_g | (KoggeStone0_PG_Generator13_p & KoggeStone0_PG_Generator12_g));



assign KoggeStone0_BlackCircle3_po = (KoggeStone0_PG_Generator14_p & KoggeStone0_PG_Generator13_p);
assign KoggeStone0_BlackCircle3_go = (KoggeStone0_PG_Generator14_g | (KoggeStone0_PG_Generator14_p & KoggeStone0_PG_Generator13_g));



assign KoggeStone0_BlackCircle4_po = (KoggeStone0_PG_Generator15_p & KoggeStone0_PG_Generator14_p);
assign KoggeStone0_BlackCircle4_go = (KoggeStone0_PG_Generator15_g | (KoggeStone0_PG_Generator15_p & KoggeStone0_PG_Generator14_g));



assign KoggeStone0_BlackCircle5_po = (KoggeStone0_PG_Generator16_p & KoggeStone0_PG_Generator15_p);
assign KoggeStone0_BlackCircle5_go = (KoggeStone0_PG_Generator16_g | (KoggeStone0_PG_Generator16_p & KoggeStone0_PG_Generator15_g));



assign KoggeStone0_BlackCircle6_po = (KoggeStone0_PG_Generator17_p & KoggeStone0_PG_Generator16_p);
assign KoggeStone0_BlackCircle6_go = (KoggeStone0_PG_Generator17_g | (KoggeStone0_PG_Generator17_p & KoggeStone0_PG_Generator16_g));



assign KoggeStone0_BlackCircle7_po = (KoggeStone0_PG_Generator18_p & KoggeStone0_PG_Generator17_p);
assign KoggeStone0_BlackCircle7_go = (KoggeStone0_PG_Generator18_g | (KoggeStone0_PG_Generator18_p & KoggeStone0_PG_Generator17_g));



assign KoggeStone0_BlackCircle8_po = (KoggeStone0_PG_Generator19_p & KoggeStone0_PG_Generator18_p);
assign KoggeStone0_BlackCircle8_go = (KoggeStone0_PG_Generator19_g | (KoggeStone0_PG_Generator19_p & KoggeStone0_PG_Generator18_g));



assign KoggeStone0_BlackCircle9_po = (KoggeStone0_PG_Generator110_p & KoggeStone0_PG_Generator19_p);
assign KoggeStone0_BlackCircle9_go = (KoggeStone0_PG_Generator110_g | (KoggeStone0_PG_Generator110_p & KoggeStone0_PG_Generator19_g));



assign KoggeStone0_BlackCircle10_po = (KoggeStone0_PG_Generator111_p & KoggeStone0_PG_Generator110_p);
assign KoggeStone0_BlackCircle10_go = (KoggeStone0_PG_Generator111_g | (KoggeStone0_PG_Generator111_p & KoggeStone0_PG_Generator110_g));



assign KoggeStone0_BlackCircle11_po = (KoggeStone0_PG_Generator112_p & KoggeStone0_PG_Generator111_p);
assign KoggeStone0_BlackCircle11_go = (KoggeStone0_PG_Generator112_g | (KoggeStone0_PG_Generator112_p & KoggeStone0_PG_Generator111_g));



assign KoggeStone0_BlackCircle12_po = (KoggeStone0_PG_Generator113_p & KoggeStone0_PG_Generator112_p);
assign KoggeStone0_BlackCircle12_go = (KoggeStone0_PG_Generator113_g | (KoggeStone0_PG_Generator113_p & KoggeStone0_PG_Generator112_g));



assign KoggeStone0_GrayCircle1_go = (KoggeStone0_BlackCircle0_go | (KoggeStone0_BlackCircle0_po & KoggeStone0_PG_Generator00_g));



assign KoggeStone0_GrayCircle2_go = (KoggeStone0_BlackCircle1_go | (KoggeStone0_BlackCircle1_po & KoggeStone0_GrayCircle0_go));



assign KoggeStone0_BlackCircle13_po = (KoggeStone0_BlackCircle2_po & KoggeStone0_BlackCircle0_po);
assign KoggeStone0_BlackCircle13_go = (KoggeStone0_BlackCircle2_go | (KoggeStone0_BlackCircle2_po & KoggeStone0_BlackCircle0_go));



assign KoggeStone0_BlackCircle14_po = (KoggeStone0_BlackCircle3_po & KoggeStone0_BlackCircle1_po);
assign KoggeStone0_BlackCircle14_go = (KoggeStone0_BlackCircle3_go | (KoggeStone0_BlackCircle3_po & KoggeStone0_BlackCircle1_go));



assign KoggeStone0_BlackCircle15_po = (KoggeStone0_BlackCircle4_po & KoggeStone0_BlackCircle2_po);
assign KoggeStone0_BlackCircle15_go = (KoggeStone0_BlackCircle4_go | (KoggeStone0_BlackCircle4_po & KoggeStone0_BlackCircle2_go));



assign KoggeStone0_BlackCircle16_po = (KoggeStone0_BlackCircle5_po & KoggeStone0_BlackCircle3_po);
assign KoggeStone0_BlackCircle16_go = (KoggeStone0_BlackCircle5_go | (KoggeStone0_BlackCircle5_po & KoggeStone0_BlackCircle3_go));



assign KoggeStone0_BlackCircle17_po = (KoggeStone0_BlackCircle6_po & KoggeStone0_BlackCircle4_po);
assign KoggeStone0_BlackCircle17_go = (KoggeStone0_BlackCircle6_go | (KoggeStone0_BlackCircle6_po & KoggeStone0_BlackCircle4_go));



assign KoggeStone0_BlackCircle18_po = (KoggeStone0_BlackCircle7_po & KoggeStone0_BlackCircle5_po);
assign KoggeStone0_BlackCircle18_go = (KoggeStone0_BlackCircle7_go | (KoggeStone0_BlackCircle7_po & KoggeStone0_BlackCircle5_go));



assign KoggeStone0_BlackCircle19_po = (KoggeStone0_BlackCircle8_po & KoggeStone0_BlackCircle6_po);
assign KoggeStone0_BlackCircle19_go = (KoggeStone0_BlackCircle8_go | (KoggeStone0_BlackCircle8_po & KoggeStone0_BlackCircle6_go));



assign KoggeStone0_BlackCircle20_po = (KoggeStone0_BlackCircle9_po & KoggeStone0_BlackCircle7_po);
assign KoggeStone0_BlackCircle20_go = (KoggeStone0_BlackCircle9_go | (KoggeStone0_BlackCircle9_po & KoggeStone0_BlackCircle7_go));



assign KoggeStone0_BlackCircle21_po = (KoggeStone0_BlackCircle10_po & KoggeStone0_BlackCircle8_po);
assign KoggeStone0_BlackCircle21_go = (KoggeStone0_BlackCircle10_go | (KoggeStone0_BlackCircle10_po & KoggeStone0_BlackCircle8_go));



assign KoggeStone0_BlackCircle22_po = (KoggeStone0_BlackCircle11_po & KoggeStone0_BlackCircle9_po);
assign KoggeStone0_BlackCircle22_go = (KoggeStone0_BlackCircle11_go | (KoggeStone0_BlackCircle11_po & KoggeStone0_BlackCircle9_go));



assign KoggeStone0_BlackCircle23_po = (KoggeStone0_BlackCircle12_po & KoggeStone0_BlackCircle10_po);
assign KoggeStone0_BlackCircle23_go = (KoggeStone0_BlackCircle12_go | (KoggeStone0_BlackCircle12_po & KoggeStone0_BlackCircle10_go));



assign KoggeStone0_GrayCircle3_go = (KoggeStone0_BlackCircle13_go | (KoggeStone0_BlackCircle13_po & KoggeStone0_PG_Generator00_g));



assign KoggeStone0_GrayCircle4_go = (KoggeStone0_BlackCircle14_go | (KoggeStone0_BlackCircle14_po & KoggeStone0_GrayCircle0_go));



assign KoggeStone0_GrayCircle5_go = (KoggeStone0_BlackCircle15_go | (KoggeStone0_BlackCircle15_po & KoggeStone0_GrayCircle1_go));



assign KoggeStone0_GrayCircle6_go = (KoggeStone0_BlackCircle16_go | (KoggeStone0_BlackCircle16_po & KoggeStone0_GrayCircle2_go));



assign KoggeStone0_BlackCircle24_po = (KoggeStone0_BlackCircle17_po & KoggeStone0_BlackCircle13_po);
assign KoggeStone0_BlackCircle24_go = (KoggeStone0_BlackCircle17_go | (KoggeStone0_BlackCircle17_po & KoggeStone0_BlackCircle13_go));



assign KoggeStone0_BlackCircle25_po = (KoggeStone0_BlackCircle18_po & KoggeStone0_BlackCircle14_po);
assign KoggeStone0_BlackCircle25_go = (KoggeStone0_BlackCircle18_go | (KoggeStone0_BlackCircle18_po & KoggeStone0_BlackCircle14_go));



assign KoggeStone0_BlackCircle26_po = (KoggeStone0_BlackCircle19_po & KoggeStone0_BlackCircle15_po);
assign KoggeStone0_BlackCircle26_go = (KoggeStone0_BlackCircle19_go | (KoggeStone0_BlackCircle19_po & KoggeStone0_BlackCircle15_go));



assign KoggeStone0_BlackCircle27_po = (KoggeStone0_BlackCircle20_po & KoggeStone0_BlackCircle16_po);
assign KoggeStone0_BlackCircle27_go = (KoggeStone0_BlackCircle20_go | (KoggeStone0_BlackCircle20_po & KoggeStone0_BlackCircle16_go));



assign KoggeStone0_BlackCircle28_po = (KoggeStone0_BlackCircle21_po & KoggeStone0_BlackCircle17_po);
assign KoggeStone0_BlackCircle28_go = (KoggeStone0_BlackCircle21_go | (KoggeStone0_BlackCircle21_po & KoggeStone0_BlackCircle17_go));



assign KoggeStone0_BlackCircle29_po = (KoggeStone0_BlackCircle22_po & KoggeStone0_BlackCircle18_po);
assign KoggeStone0_BlackCircle29_go = (KoggeStone0_BlackCircle22_go | (KoggeStone0_BlackCircle22_po & KoggeStone0_BlackCircle18_go));



assign KoggeStone0_BlackCircle30_po = (KoggeStone0_BlackCircle23_po & KoggeStone0_BlackCircle19_po);
assign KoggeStone0_BlackCircle30_go = (KoggeStone0_BlackCircle23_go | (KoggeStone0_BlackCircle23_po & KoggeStone0_BlackCircle19_go));



assign KoggeStone0_GrayCircle7_go = (KoggeStone0_BlackCircle24_go | (KoggeStone0_BlackCircle24_po & KoggeStone0_PG_Generator00_g));



assign KoggeStone0_GrayCircle8_go = (KoggeStone0_BlackCircle25_go | (KoggeStone0_BlackCircle25_po & KoggeStone0_GrayCircle0_go));



assign KoggeStone0_GrayCircle9_go = (KoggeStone0_BlackCircle26_go | (KoggeStone0_BlackCircle26_po & KoggeStone0_GrayCircle1_go));



assign KoggeStone0_GrayCircle10_go = (KoggeStone0_BlackCircle27_go | (KoggeStone0_BlackCircle27_po & KoggeStone0_GrayCircle2_go));



assign KoggeStone0_GrayCircle11_go = (KoggeStone0_BlackCircle28_go | (KoggeStone0_BlackCircle28_po & KoggeStone0_GrayCircle3_go));



assign KoggeStone0_GrayCircle12_go = (KoggeStone0_BlackCircle29_go | (KoggeStone0_BlackCircle29_po & KoggeStone0_GrayCircle4_go));



assign KoggeStone0_GrayCircle13_go = (KoggeStone0_BlackCircle30_go | (KoggeStone0_BlackCircle30_po & KoggeStone0_GrayCircle5_go));



assign KoggeStone0_FinalSum0_sum = (KoggeStone0_PG_Generator10_p ^ KoggeStone0_PG_Generator00_g);



assign KoggeStone0_FinalSum1_sum = (KoggeStone0_PG_Generator11_p ^ KoggeStone0_GrayCircle0_go);



assign KoggeStone0_FinalSum2_sum = (KoggeStone0_PG_Generator12_p ^ KoggeStone0_GrayCircle1_go);



assign KoggeStone0_FinalSum3_sum = (KoggeStone0_PG_Generator13_p ^ KoggeStone0_GrayCircle2_go);



assign KoggeStone0_FinalSum4_sum = (KoggeStone0_PG_Generator14_p ^ KoggeStone0_GrayCircle3_go);



assign KoggeStone0_FinalSum5_sum = (KoggeStone0_PG_Generator15_p ^ KoggeStone0_GrayCircle4_go);



assign KoggeStone0_FinalSum6_sum = (KoggeStone0_PG_Generator16_p ^ KoggeStone0_GrayCircle5_go);



assign KoggeStone0_FinalSum7_sum = (KoggeStone0_PG_Generator17_p ^ KoggeStone0_GrayCircle6_go);



assign KoggeStone0_FinalSum8_sum = (KoggeStone0_PG_Generator18_p ^ KoggeStone0_GrayCircle7_go);



assign KoggeStone0_FinalSum9_sum = (KoggeStone0_PG_Generator19_p ^ KoggeStone0_GrayCircle8_go);



assign KoggeStone0_FinalSum10_sum = (KoggeStone0_PG_Generator110_p ^ KoggeStone0_GrayCircle9_go);



assign KoggeStone0_FinalSum11_sum = (KoggeStone0_PG_Generator111_p ^ KoggeStone0_GrayCircle10_go);



assign KoggeStone0_FinalSum12_sum = (KoggeStone0_PG_Generator112_p ^ KoggeStone0_GrayCircle11_go);



assign KoggeStone0_FinalSum13_sum = (KoggeStone0_PG_Generator113_p ^ KoggeStone0_GrayCircle12_go);



assign OUTS = KoggeStone0_outs_vec;

endmodule